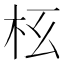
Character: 𣏳